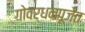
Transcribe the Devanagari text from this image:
गोवर्धनपूजेत